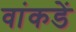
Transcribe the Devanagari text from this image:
वांकडें